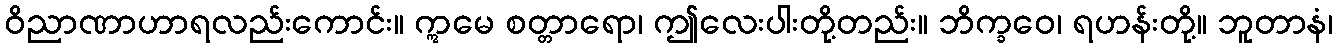
ဝိညာဏာဟာရလည်းကောင်း။ ဣမေ စတ္တာရော၊ ဤလေးပါးတို့တည်း။ ဘိက္ခဝေ၊ ရဟန်းတို့။ ဘူတာနံ၊